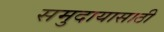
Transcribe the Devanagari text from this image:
समुदायासाठी